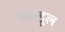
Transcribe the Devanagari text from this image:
ताण्डूल